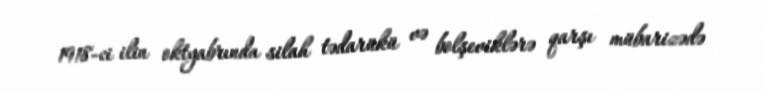
1918-ci ilin oktyabrında silah tədarükü və bolşeviklərə qarşı mübarizədə